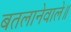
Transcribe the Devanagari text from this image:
बतलानेवाले॥